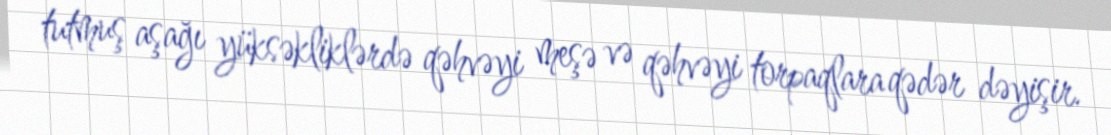
tutmuş aşağı yüksəkliklərdə qəhvəyi meşə və qəhvəyi torpaqlara qədər dəyişir.